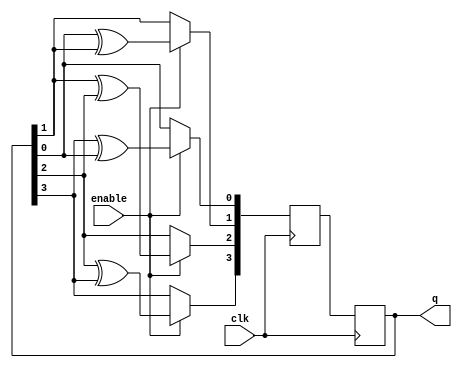
module johnson_counter_with_enable (
    input wire clk,       // Clock signal
    input wire enable,    // Enable signal
    output reg [3:0] q    // Johnson counter output
);

reg [3:0] next_q;

always @(posedge clk) begin
    if(enable) begin
        next_q[0] <= q[3] ^ q[0];
        next_q[1] <= q[0] ^ q[1];
        next_q[2] <= q[1] ^ q[2];
        next_q[3] <= q[2] ^ q[3];
    end else begin
        next_q <= q;
    end
end

always @(posedge clk)
    q <= next_q;

endmodule